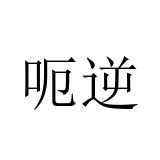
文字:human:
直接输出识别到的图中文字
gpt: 呃逆